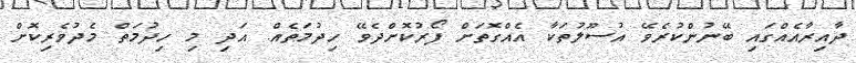
ދާއިރާއެއްގައި ބޭނުންކުރެވޭ އުސޫލުތަކާ އެއްގޮތަށް ފޯރުކޮށްދެވޭ ހިދުމަތެއް. އަދި މި ހިދުމަތް މެދުވެރިކޮށް